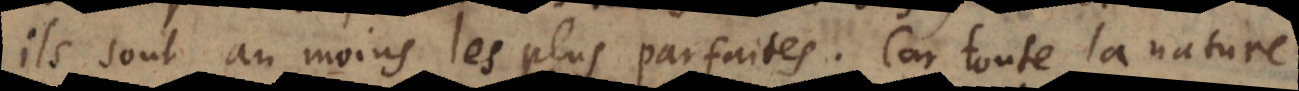
ils sont au moins les plus parfaites. Car toute la nature,